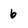
Character: 6